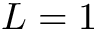
L = 1